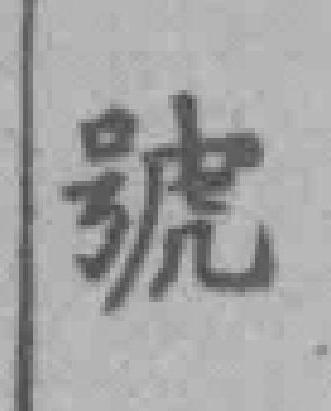
號